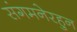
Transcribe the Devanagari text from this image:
संगमनेरहुन